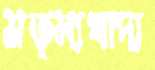
মত্স্যখাদ্য